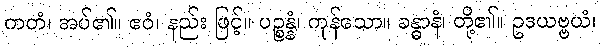
ကတံ၊ အပ်၏။ ဧဝံ၊ နည်း ဖြင့်။ ပဉ္စန္နံ၊ ကုန်သော။ ခန္ဓာနံ၊ တို့၏။ ဥဒယဗ္ဗယံ၊